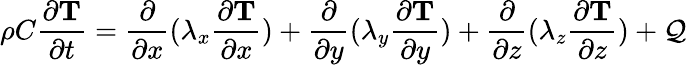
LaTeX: \rho C\frac{\partial\mathbf{T}}{\partial t}=\frac{\partial}{\partial x}(\lambda_{x}\frac{\partial\mathbf{T}}{\partial x})+\frac{\partial}{\partial y}(\lambda_{y}\frac{\partial\mathbf{T}}{\partial y})+\frac{\partial}{\partial z}(\lambda_{z}\frac{\partial\mathbf{T}}{\partial z})+\mathcal{Q}